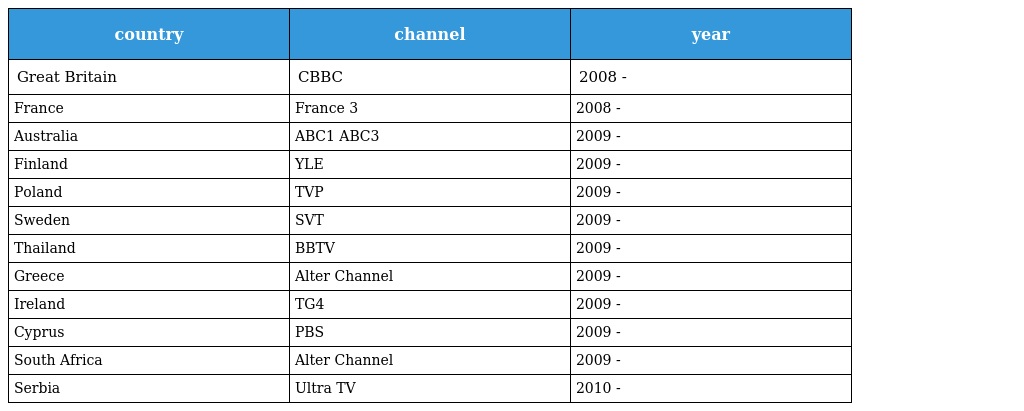
| country | channel | year |
 | --- | --- | --- |
 | Great Britain | CBBC | 2008 - |
 | France | France 3 | 2008 - |
 | Australia | ABC1 ABC3 | 2009 - |
 | Finland | YLE | 2009 - |
 | Poland | TVP | 2009 - |
 | Sweden | SVT | 2009 - |
 | Thailand | BBTV | 2009 - |
 | Greece | Alter Channel | 2009 - |
 | Ireland | TG4 | 2009 - |
 | Cyprus | PBS | 2009 - |
 | South Africa | Alter Channel | 2009 - |
 | Serbia | Ultra TV | 2010 - |